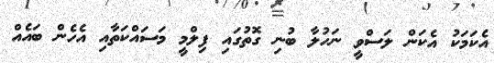
އެކަމަކު އެކަން ލަސްވީ ނަހުލާ ބުނި ގޮތުގައި ފިލްމީ މަސައްކަތާއި އެހެން ބައެއް